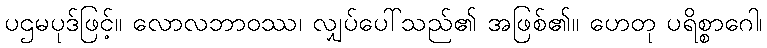
ပဌမပုဒ်ဖြင့်။ လောလဘာဝဿ၊ လျှပ်ပေါ်သည်၏ အဖြစ်၏။ ဟေတု ပရိစ္စာဂေါ၊